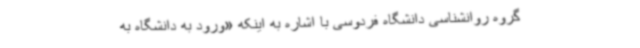
گروه روانشناسی دانشگاه فردوسی با اشاره به اینکه «ورود به دانشگاه به